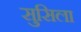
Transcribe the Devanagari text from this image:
सुसिला